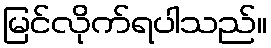
မြင်လိုက်ရပါသည်။